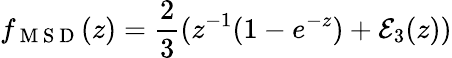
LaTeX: f_{\mathrm{~M~S~D~}}(z)=\frac{2}{3}(z^{-1}(1-e^{-z})+{\cal E}_{3}(z))